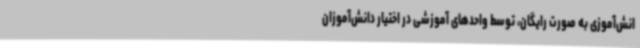
انش‌آموزی به صورت رایگان، توسط واحدهای آموزشی در اختیار دانش‌آموزان